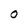
Character: O